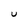
Character: U